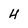
Character: H